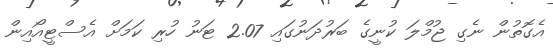
އެގޮތުން ނެގި ޖުމްލަ ކުނީގެ ބަރުދަނުގައި 2.07 ޓަނު ހުރި ކަމަށް އެސްޓީއޯއިން